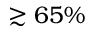
\gtrsim 6 5 \%